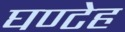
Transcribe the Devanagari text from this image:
घण्टेह